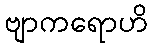
ဗျာကရောဟိ